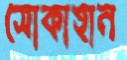
সোকাহান